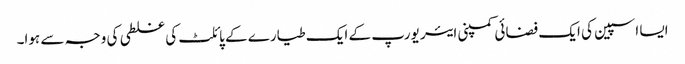
ایسا اسپین کی ایک فضائی کمپنی ایئر یورپ کے ایک طیارے کے پائلٹ کی غلطی کی وجہ سے ہوا۔